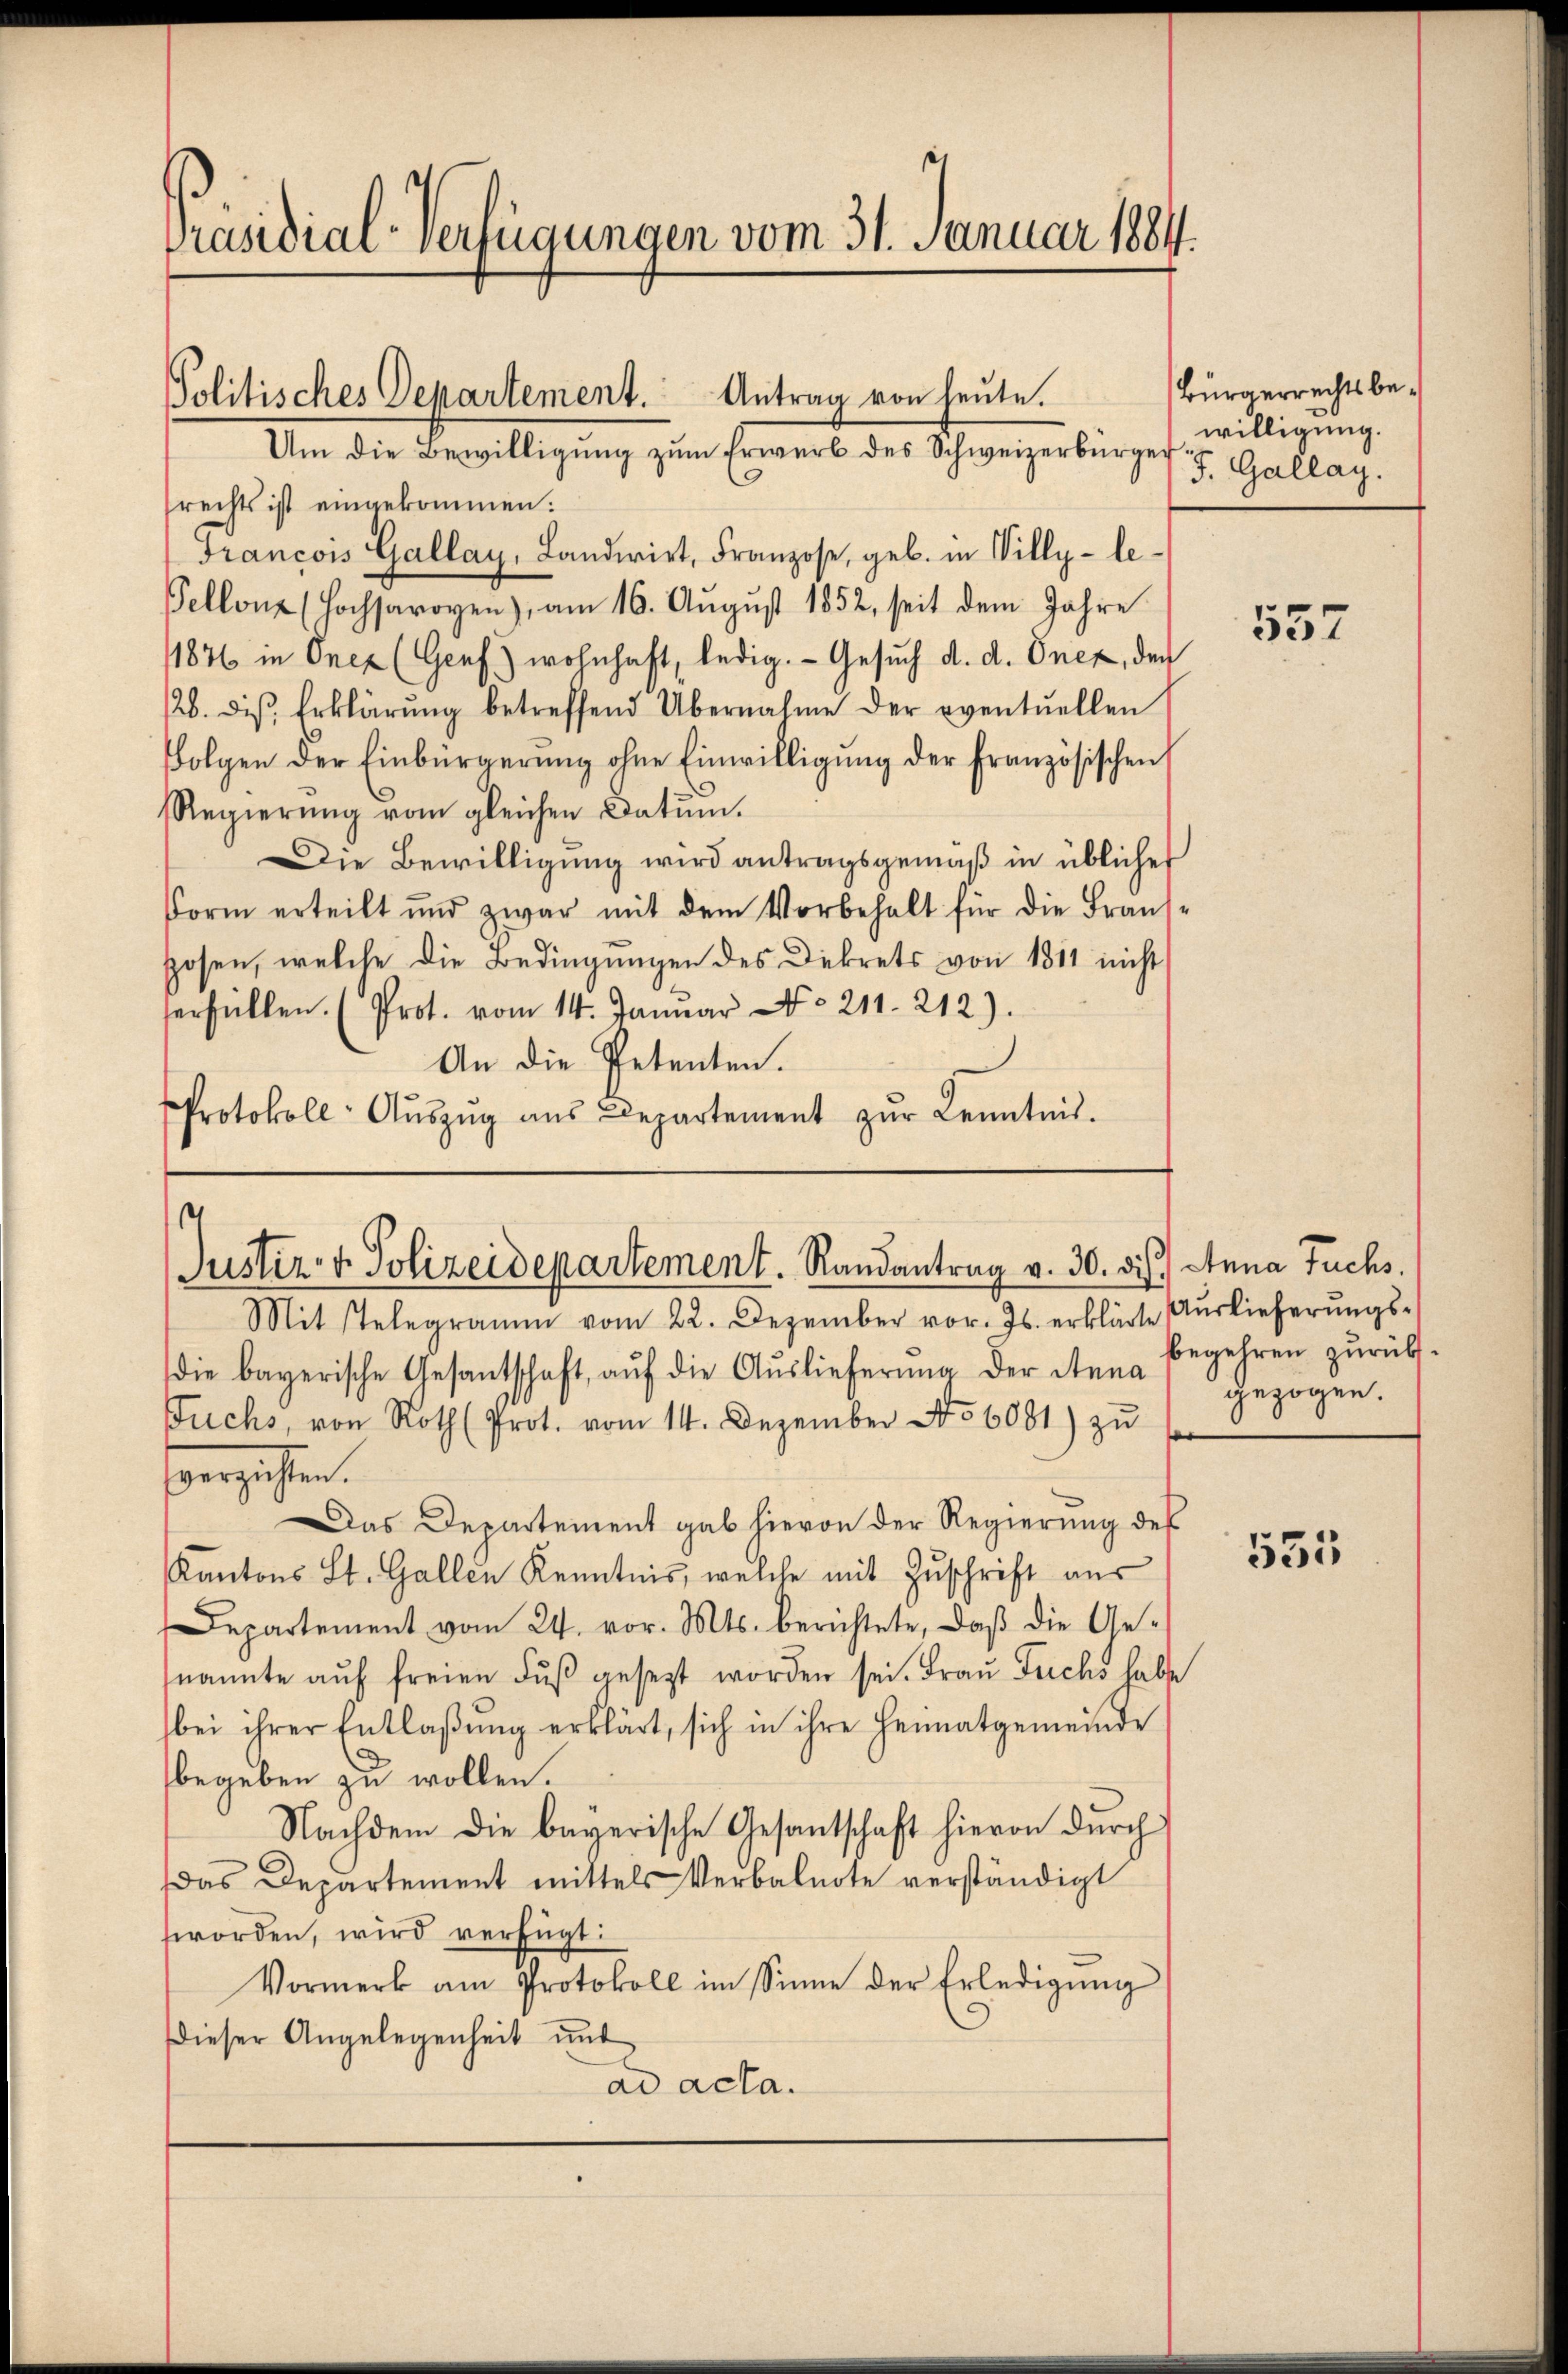
Präsidial-Verfügungen vom 31. Januar 1884.

Politisches Departement. Antrag von heute.
Um die Bewilligŭng zŭm Erwerb des Schweizerbürger willigŭng.

rechts ist eingekommen.
Francois Gallay, Landwirt, Franzose, geb. in Villy-le-
Pellone (Hochsarogen), am 16. August 1852, seit dem Jahre
1876 in Onex (Genf) wohnhaft, ledig. Gesuch d. d. Onez, den
126. die Erklärŭng betreffend Übernahme der eventuellen
Folgen der Einbürgerŭng ohne Einwilligŭng der französischen
Regierung vom gleichen Datum.
Die Bewilligung wird antragsgemäß in üblicher
Form erteilt und zwar mit dem Vorbehalt für die Frans-
Hosen, welche die Bedingungen des Dekrets von 1311 nicht
erfüllen. (Prot. vom 14. Januar No. 211. 212).
An die Petenten.
Protokoll- Aŭszŭg ans Departement zŭr Kenntnis.

Justiz- & Polizeidepartement. Randantrag v. 30. ds. Anna Fuchs.

Bürgerrechts bef. Gallay.

Mit stelegramm vom 22. Dezember vor. Js. erklärte Aŭslieferŭngs-
die bayerische Gesantschaft, aŭf die Aŭslieferung der Stana
Fuchs, von Roth (Prot. vom 14. Dezember No 6081) zŭ
vergehen.
Das Departement gab hievon der Regierung des
Kantons St. Gallen Kenntnis, welche mit Zŭschrift aus
Departement vom 24. vor. Mts. berichtete, daß die Genannte aŭf freien Fŭβ gesezt worden sei. Frau Fuchs habe
bei ihrer Entlaβŭng erklärt, sich in ihre Heimatgemeinde
begeben zu wollen.
Nachdem die bayerische Gesantschaft hievon durch
Das Departement mittels Verbalnote verständigt
worden, wird verfügt:
Vormerk am Protokoll im Sinne der Erledigŭng
dieser Angelegenheit unt
ad acta.

557

begehren zurück.
gezogen.

533